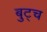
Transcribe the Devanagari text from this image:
बुट्च